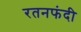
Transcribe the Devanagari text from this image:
रतनफंदी